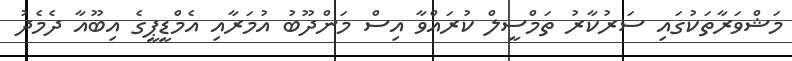
މަޝްވަރާތަކުގައި ސަރުކާރު ތަމްސީލް ކުރައްވާ އިސް މަންދޫބު އުމަރާއި އެމްޑީޕީގެ އިބޫއާ ދެމެދު